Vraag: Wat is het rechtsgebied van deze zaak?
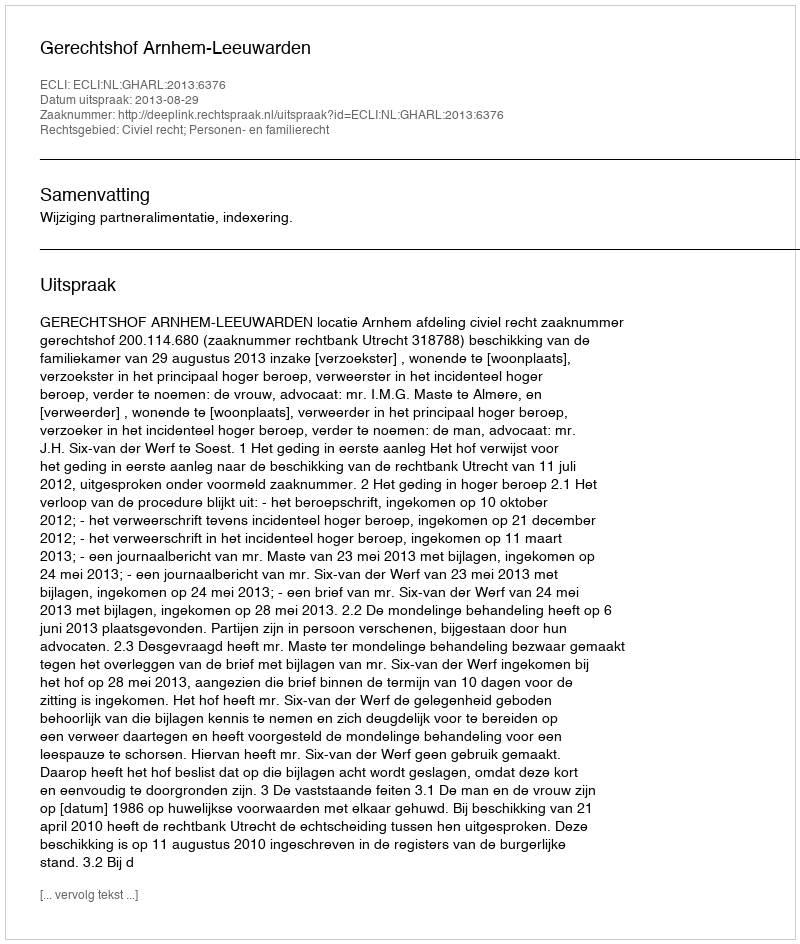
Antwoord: Civiel recht; Personen- en familierecht